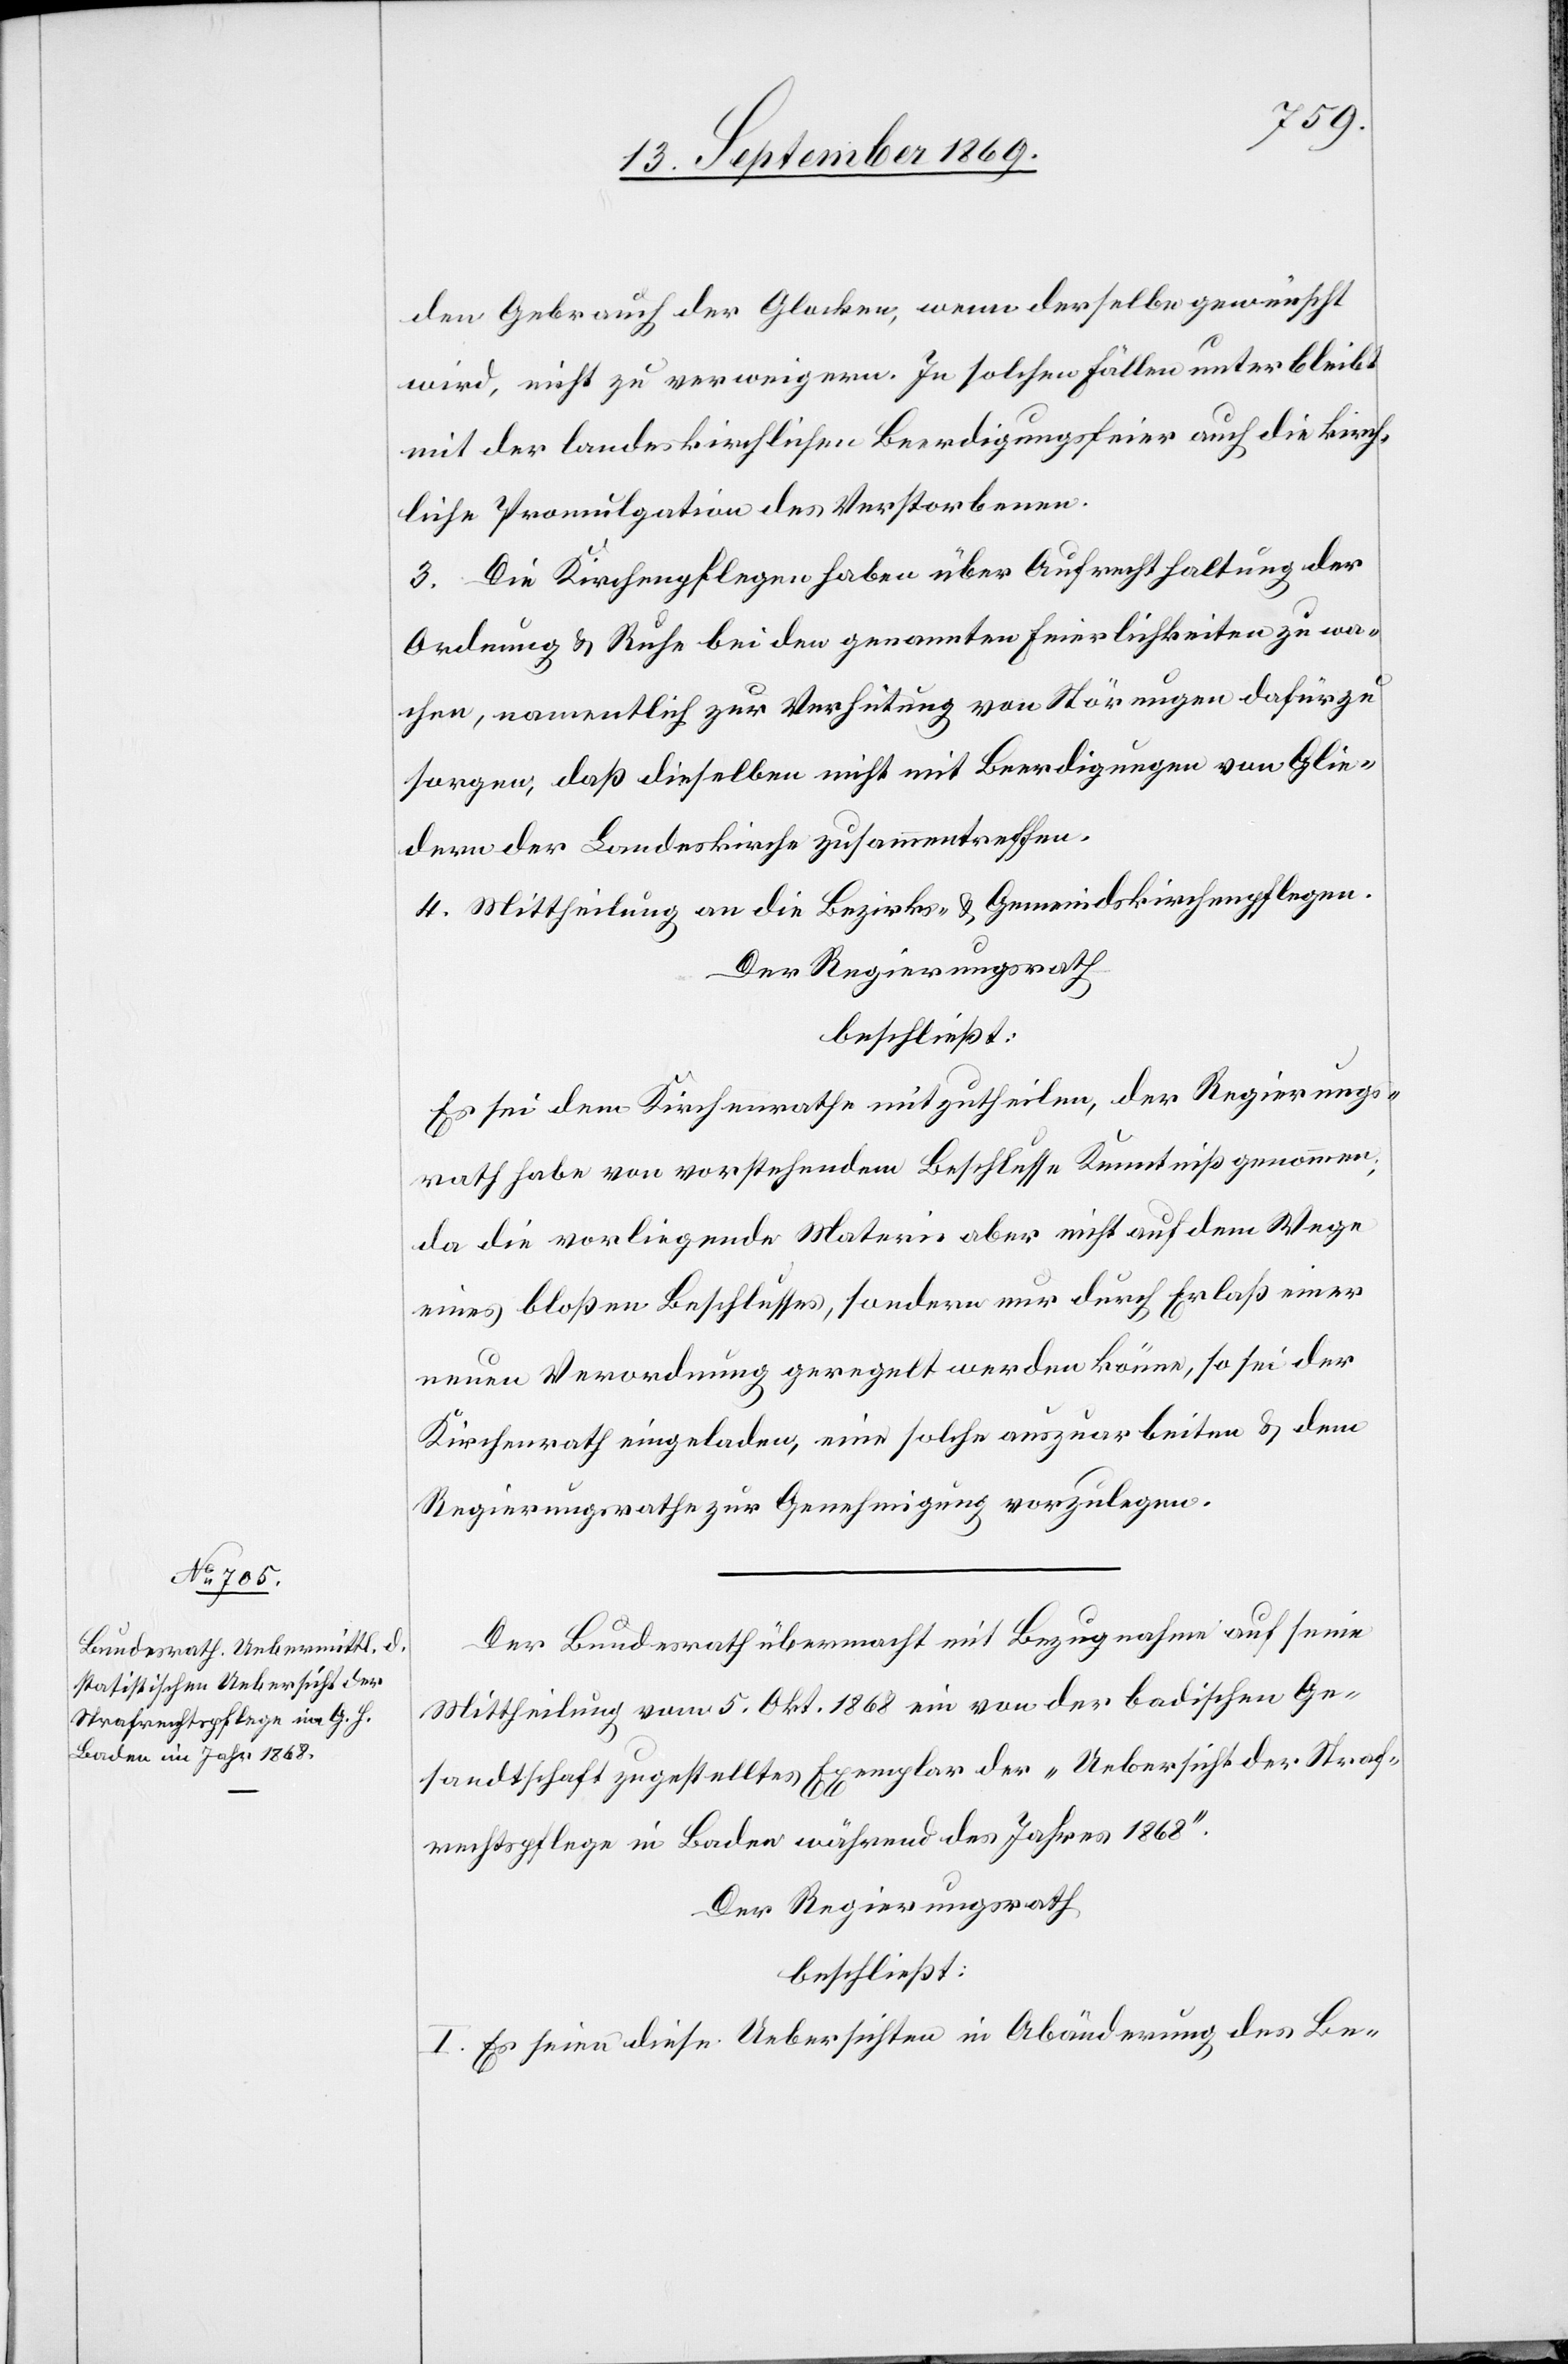
den Gebrauch der Glocken, wenn derselbe gewünscht
wird, nicht zu verweigern. In solchen Fällen unterbleibt
mit der landeskirchlichen Beerdigungsfeier auch die kirch¬
liche Promulgation des Verstorbenen.
3. Die Kirchenpflegen haben über Aufrechthaltung der
Ordnung & Ruhe bei den genannten Feierlichkeiten zu wa¬
chen, namentlich zur Verhütung von Störungen dafür zu
sorgen, daß dieselben nicht mit Beerdigungen von Glie¬
dern der Landeskirche zusammentreffen.
4. Mittheilung an die Bezirks- & Gemeindskirchenpflegen.
Der Regierungsrath
beschließt:
Es sei dem Kirchenrathe mitzutheilen, der Regierungs¬
rath habe von vorstehendem Beschlusse Kenntniß genommen;
da die vorliegende Materie aber nicht auf dem Wege
eines bloßen Beschlusses, sondern nur durch Erlaß einer
neuen Verordnung geregelt werden könne, so sei der
Kirchenrath eingeladen, eine solche auszuarbeiten & dem
Regierungsrathe zur Genehmigung vorzulegen.
Der Bundesrath übermacht mit Bezugnahme auf seine
Mittheilung vom 5. Okt. 1868 ein von der badischen Ge¬
sandtschaft zugestelltes Exemplar der „Uebersicht der Straf¬
rechtspflege in Baden während des Jahres 1868“.
Der Regierungsrath
beschließt:
I. Es seien diese Uebersichten in Abänderung des Be-